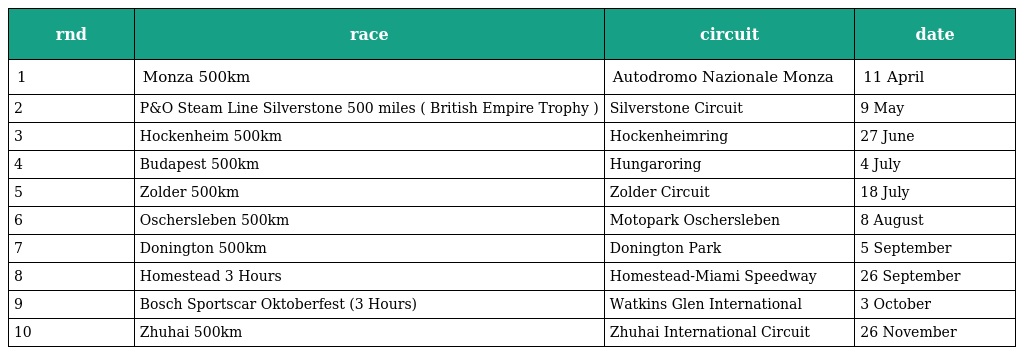
| rnd | race | circuit | date |
 | --- | --- | --- | --- |
 | 1 | Monza 500km | Autodromo Nazionale Monza | 11 April |
 | 2 | P&O Steam Line Silverstone 500 miles ( British Empire Trophy ) | Silverstone Circuit | 9 May |
 | 3 | Hockenheim 500km | Hockenheimring | 27 June |
 | 4 | Budapest 500km | Hungaroring | 4 July |
 | 5 | Zolder 500km | Zolder Circuit | 18 July |
 | 6 | Oschersleben 500km | Motopark Oschersleben | 8 August |
 | 7 | Donington 500km | Donington Park | 5 September |
 | 8 | Homestead 3 Hours | Homestead-Miami Speedway | 26 September |
 | 9 | Bosch Sportscar Oktoberfest (3 Hours) | Watkins Glen International | 3 October |
 | 10 | Zhuhai 500km | Zhuhai International Circuit | 26 November |